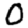
Digit: 0